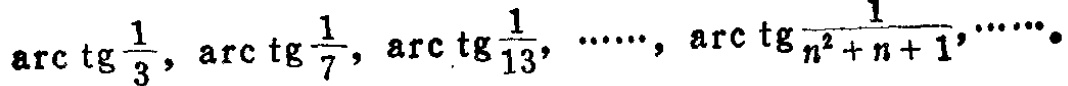
\(\arctan\frac{1}{3}, \arctan\frac{1}{7}, \arctan\frac{1}{13}, \cdots, \arctan\frac{1}{n^{2}+n + 1},\cdots\)